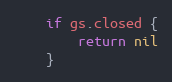
Language: Go
	if gs.closed {
		return nil
	}